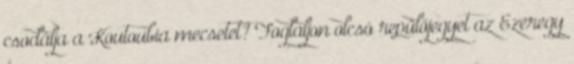
csodálja a Koutoubia mecsetet? Foglaljon olcsó repülőjegyet az Ezeregy